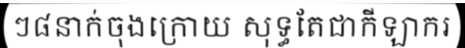
ៗ៨នាក់ចុងក្រោយ សុទ្ធតែជាកីឡាករ